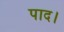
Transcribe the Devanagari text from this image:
पाद।